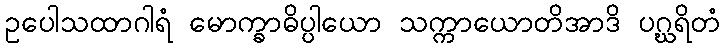
ဥပေါသထာဂါရံ မောက္ခာဓိပ္ပါယော သက္ကာယောတိအာဒိ ပဂ္ဃရိတံ